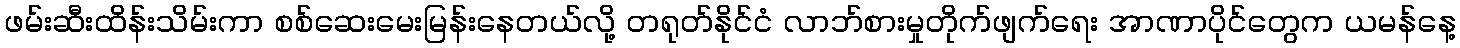
ဖမ်းဆီးထိန်းသိမ်းကာ စစ်ဆေးမေးမြန်းနေတယ်လို့ တရုတ်နိုင်ငံ လာဘ်စားမှုတိုက်ဖျက်ရေး အာဏာပိုင်တွေက ယမန်နေ့